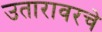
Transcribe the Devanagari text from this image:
उतारावरचे